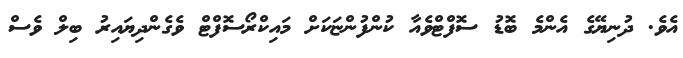
އެވެ. ދުނިޔޭގެ އެންމެ ބޮޑު ސޮފްޓްވެއާ ކުންފުންޏަކަށް މައިކްރޯސޮފްޓް ވެގެންދިޔައިރު ބިލް ވެސް